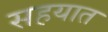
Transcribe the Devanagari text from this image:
सहयात